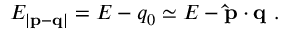
E _ { | { \bf p - q } | } = E - q _ { 0 } \simeq E - { \bf \hat { p } \cdot q } \ .